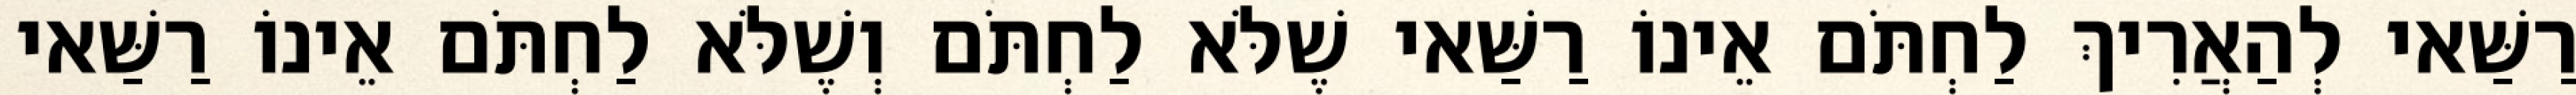
רַשַּׁאי לְהַאֲרִיךְ לַחְתֹּם אֵינוֹ רַשַּׁאי שֶׁלֹּא לַחְתֹּם וְשֶׁלֹּא לַחְתֹּם אֵינוֹ רַשַּׁאי